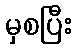
မှစပြီး